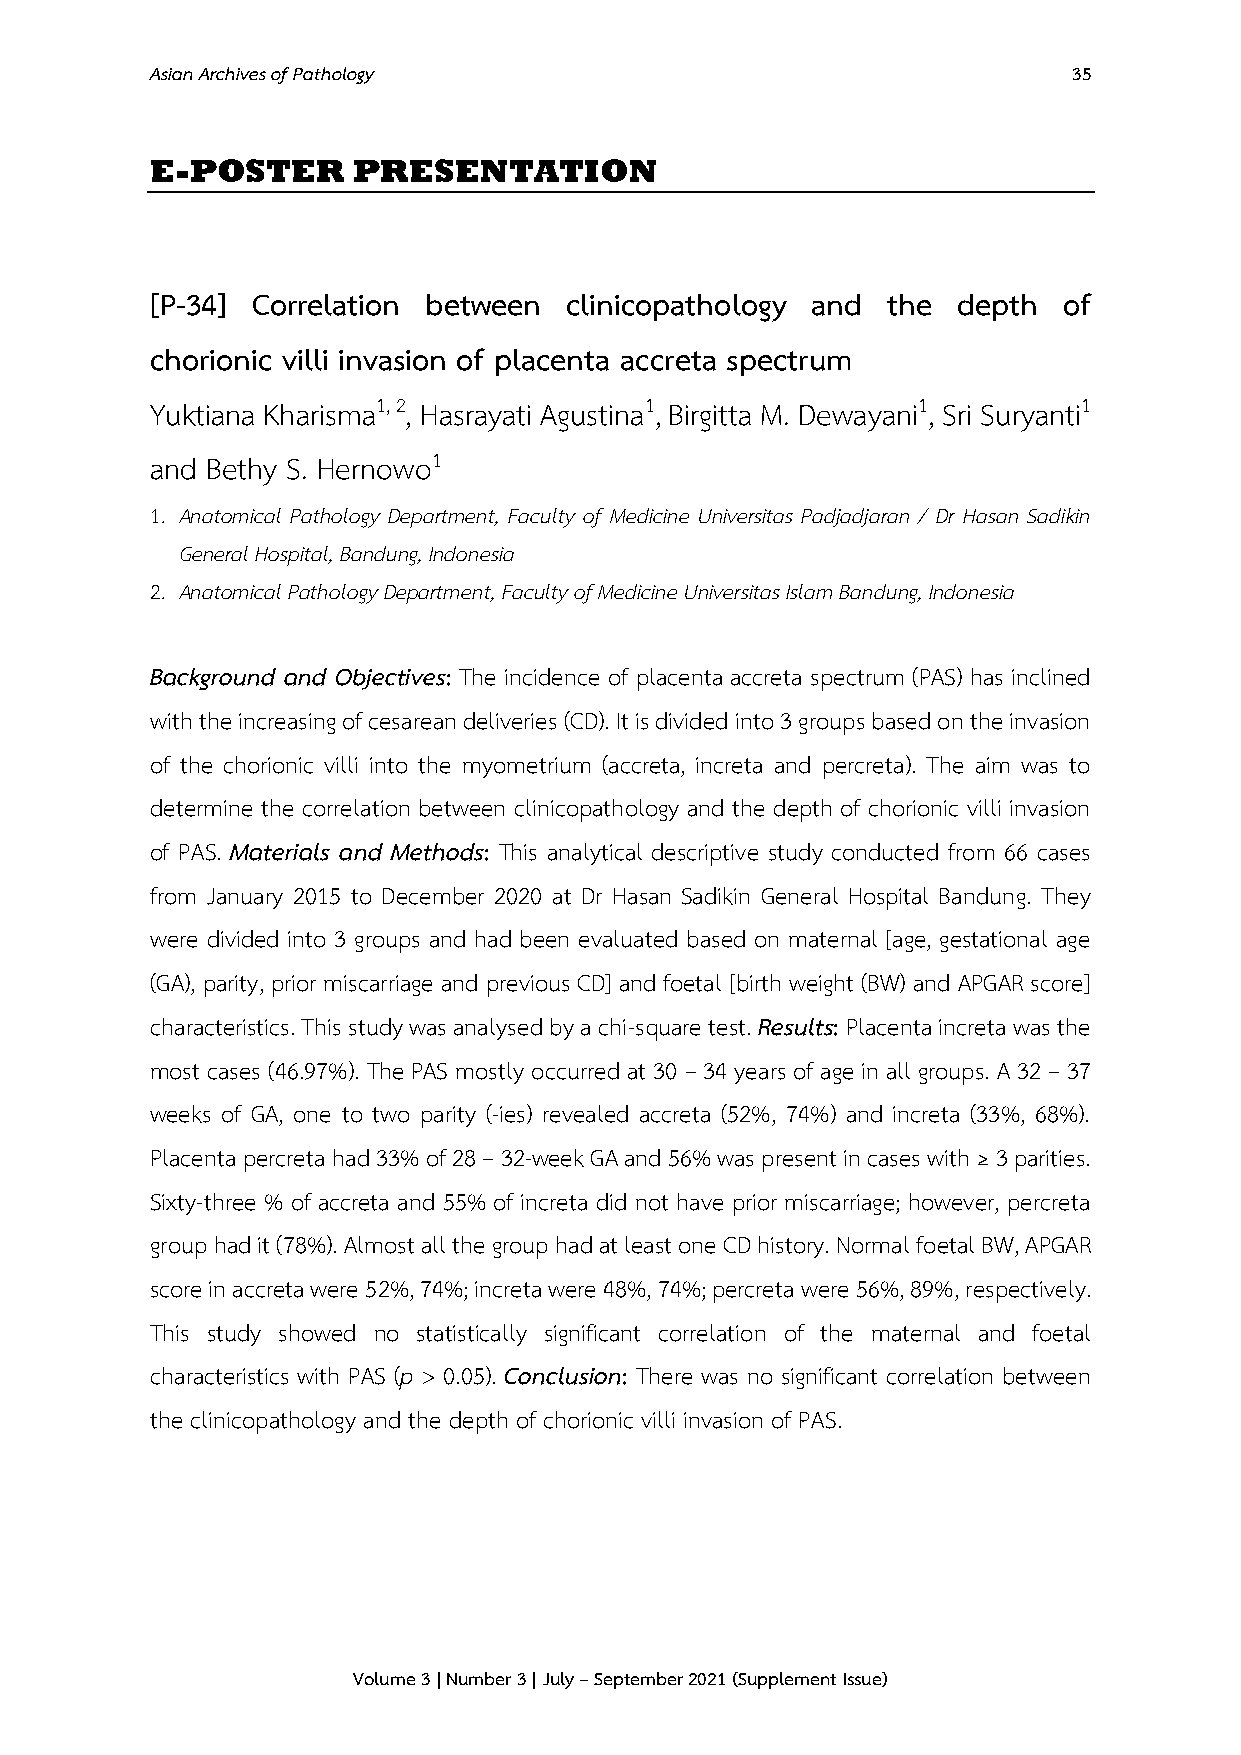
Asian Archives of Pathology                                  35
 E-POSTER     PRESENTATION
 [P-34] Correlation between clinicopathology and  the depth  of
 chorionic villi invasion of placenta accreta spectrum
 Yuktiana Kharisma1, 2, Hasrayati Agustina1, Birgitta M. Dewayani1, Sri Suryanti1
 and Bethy S. Hernowo1
 1. Anatomical Pathology Department, Faculty of Medicine Universitas Padjadjaran / Dr Hasan Sadikin
 General Hospital, Bandung, Indonesia
 2. Anatomical Pathology Department, Faculty of Medicine Universitas Islam Bandung, Indonesia
 Background and Objectives: The incidence of placenta accreta spectrum (PAS) has inclined
 with the increasing of cesarean deliveries (CD). It is divided into 3 groups based on the invasion
 of the chorionic villi into the myometrium (accreta, increta and percreta). The aim was to
 determine the correlation between clinicopathology and the depth of chorionic villi invasion
 of PAS. Materials and Methods: This analytical descriptive study conducted from 66 cases
 from January 2015 to December 2020 at Dr Hasan Sadikin General Hospital Bandung. They
 were divided into 3 groups and had been evaluated based on maternal [age, gestational age
 (GA), parity, prior miscarriage and previous CD] and foetal [birth weight (BW) and APGAR score]
 characteristics. This study was analysed by a chi-square test. Results: Placenta increta was the
 most cases (46.97%). The PAS mostly occurred at 30 – 34 years of age in all groups. A 32 – 37
 weeks of GA, one to two parity (-ies) revealed accreta (52%, 74%) and increta (33%, 68%).
 Placenta percreta had 33% of 28 – 32-week GA and 56% was present in cases with ≥ 3 parities.
 Sixty-three % of accreta and 55% of increta did not have prior miscarriage; however, percreta
 group had it (78%). Almost all the group had at least one CD history. Normal foetal BW, APGAR
 score in accreta were 52%, 74%; increta were 48%, 74%; percreta were 56%, 89%, respectively.
 This study showed no statistically significant correlation of the maternal and foetal
 characteristics with PAS (p > 0.05). Conclusion: There was no significant correlation between
 the clinicopathology and the depth of chorionic villi invasion of PAS.
 Volume 3 | Number 3 | July – September 2021 (Supplement Issue)